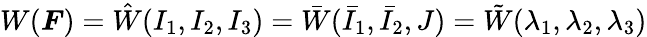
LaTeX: W({\boldsymbol{F}})={\hat{W}}(I_{1},I_{2},I_{3})={\bar{W}}({\bar{I}}_{1},{\bar{I}}_{2},J)={\tilde{W}}(\lambda_{1},\lambda_{2},\lambda_{3})